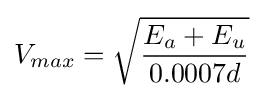
V_{max}={\sqrt {\frac {E_{a}+E_{u}}{0.0007d}}}